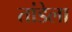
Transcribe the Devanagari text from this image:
तांडेला